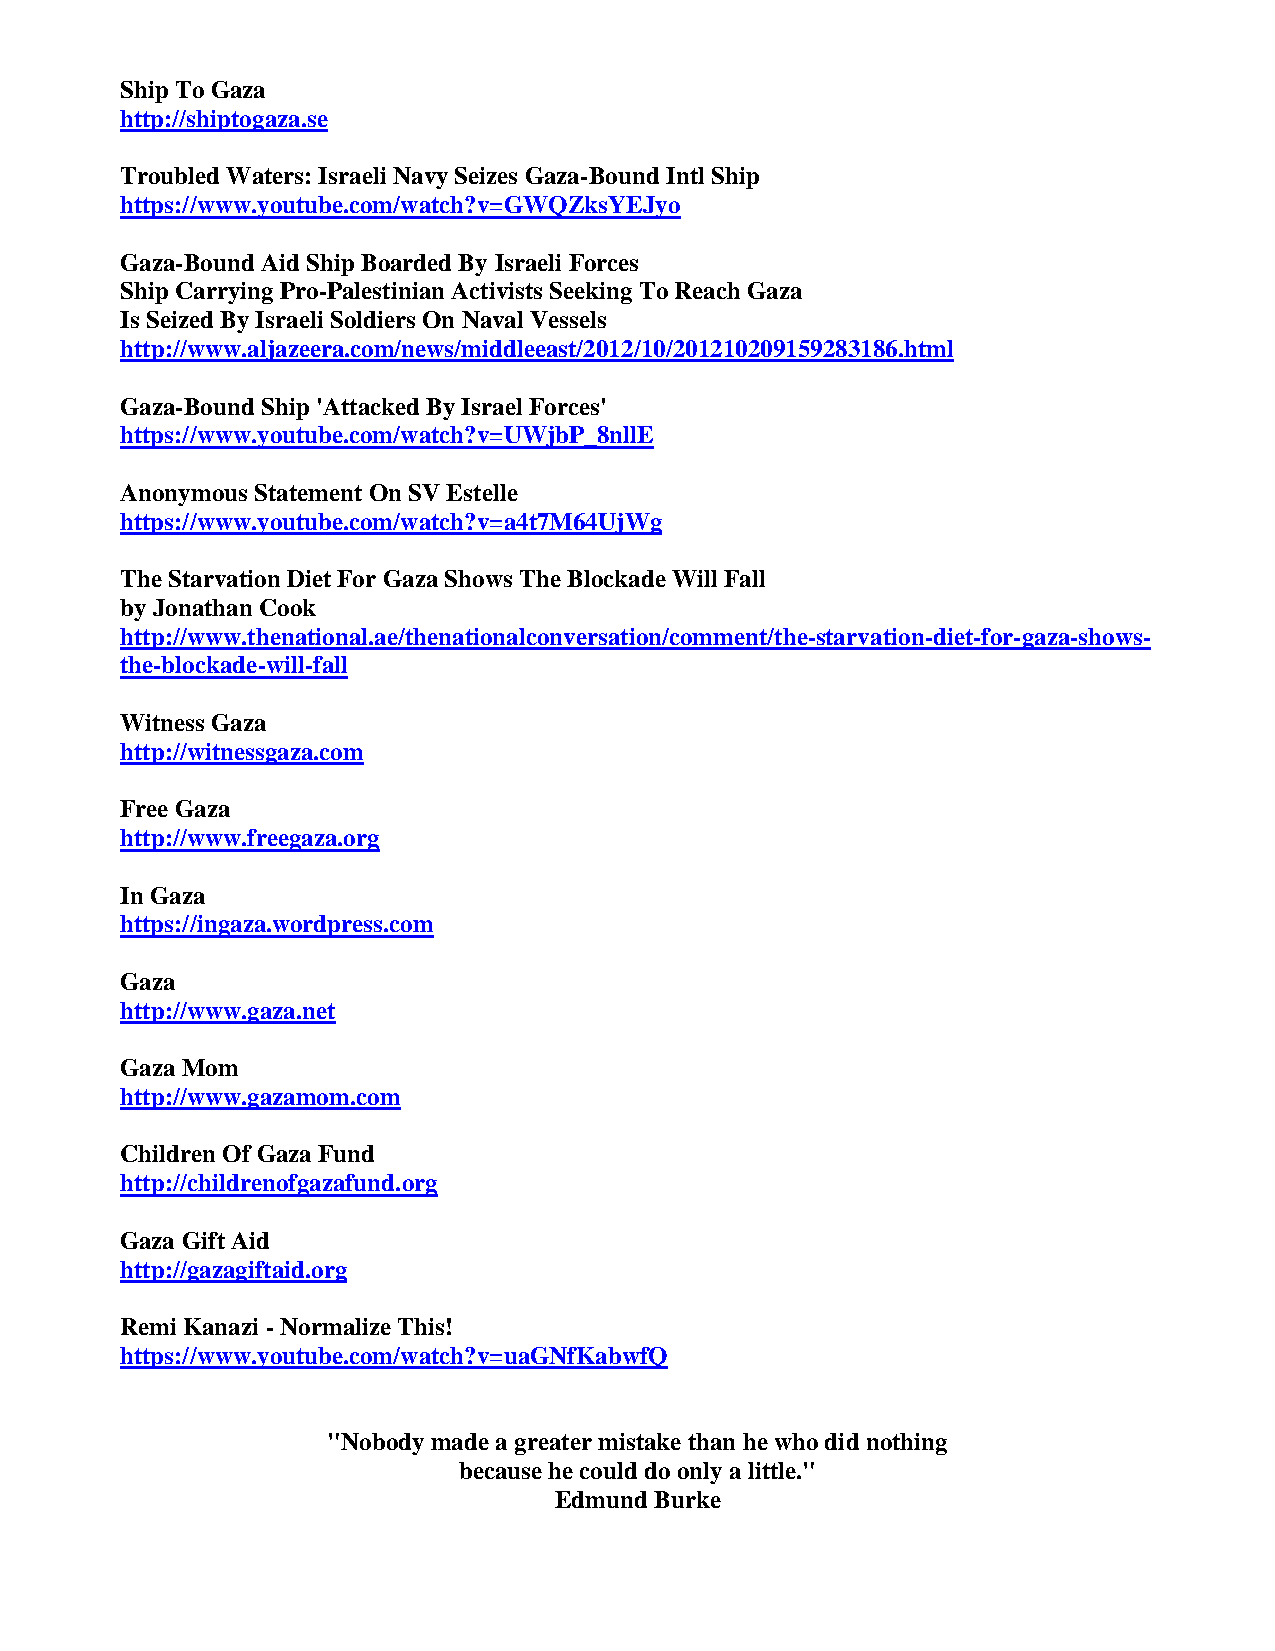
Ship To Gaza
 http://shiptogaza.se
 Troubled Waters: Israeli Navy Seizes Gaza-Bound Intl Ship
 https://www.youtube.com/watch?v=GWQZksYEJyo
 Gaza-Bound Aid Ship Boarded By Israeli Forces
 Ship Carrying Pro-Palestinian Activists Seeking To Reach Gaza
 Is Seized By Israeli Soldiers On Naval Vessels
 http://www.aljazeera.com/news/middleeast/2012/10/201210209159283186.html
 Gaza-Bound Ship 'Attacked By Israel Forces'
 https://www.youtube.com/watch?v=UWjbP_8nllE
 Anonymous Statement On SV Estelle
 https://www.youtube.com/watch?v=a4t7M64UjWg
 The Starvation Diet For Gaza Shows The Blockade Will Fall
 by Jonathan Cook
 http://www.thenational.ae/thenationalconversation/comment/the-starvation-diet-for-gaza-shows-
 the-blockade-will-fall
 Witness Gaza
 http://witnessgaza.com
 Free Gaza
 http://www.freegaza.org
 In Gaza
 https://ingaza.wordpress.com
 Gaza
 http://www.gaza.net
 Gaza Mom
 http://www.gazamom.com
 Children Of Gaza Fund
 http://childrenofgazafund.org
 Gaza Gift Aid
 http://gazagiftaid.org
 Remi Kanazi - Normalize This!
 https://www.youtube.com/watch?v=uaGNfKabwfQ
 "Nobody made a greater mistake than he who did nothing
 because he could do only a little."
 Edmund Burke